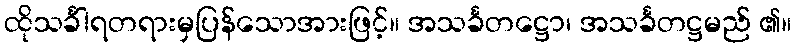
ထိုသင်္ခါရတရားမှပြန်သောအားဖြင့်။ အသင်္ခတဋ္ဌော၊ အသင်္ခတဋ္ဌမည် ၏။